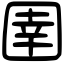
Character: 圉